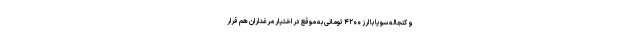
و کنجاله سویا با ارز ۴۲۰۰ تومانی به موقع در اختیار مرغداران هم قرار